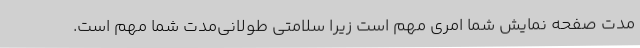
مدت صفحه نمایش شما امری مهم است زیرا سلامتی طولانی‌مدت شما مهم است.